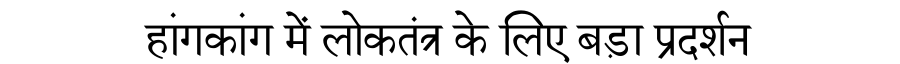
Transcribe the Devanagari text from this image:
हांगकांग में लोकतंत्र के लिए बड़ा प्रदर्शन